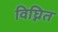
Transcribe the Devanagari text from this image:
विघ्नित